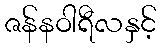
ဇန်နဝါရီလနှင့်